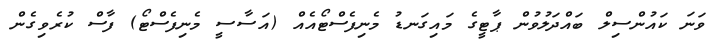
ވަނަ ކައުންސިލް ބައްދަލުވުން ޕާޓީގެ މައިގަނޑު މެނިފެސްޓޯއެއް (އަސާސީ މެނިފެސްޓޯ) ފާސް ކުރެވިގެން